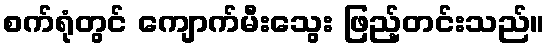
စက်ရုံတွင် ကျောက်မီးသွေး ဖြည့်တင်းသည်။